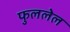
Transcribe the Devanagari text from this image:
फुललेल